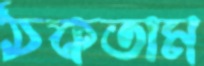
ঠকতাম